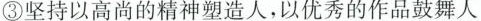
③坚持以高尚的精神塑造人，以优秀的作品鼓舞人